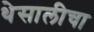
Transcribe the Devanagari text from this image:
थेसालीचा